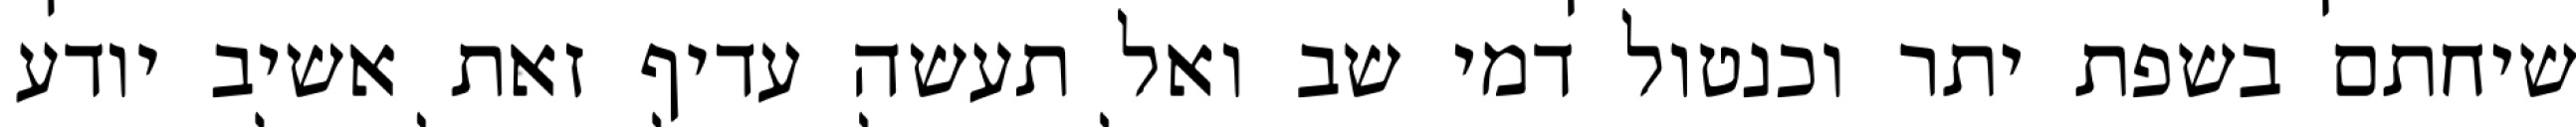
שיחתם בשפת יתר וכנטול דמי שב ואל תעשה עדיף זאת אשיב יודע